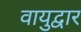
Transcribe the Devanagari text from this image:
वायुद्वार